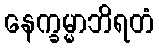
နေက္ခမ္မာဘိရတံ